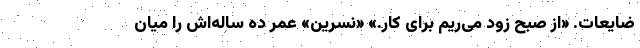
ضایعات. «از صبح زود می‌ریم برای کار.» «نسرین» عمر ده ساله‌اش را میان